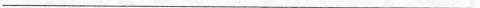
___